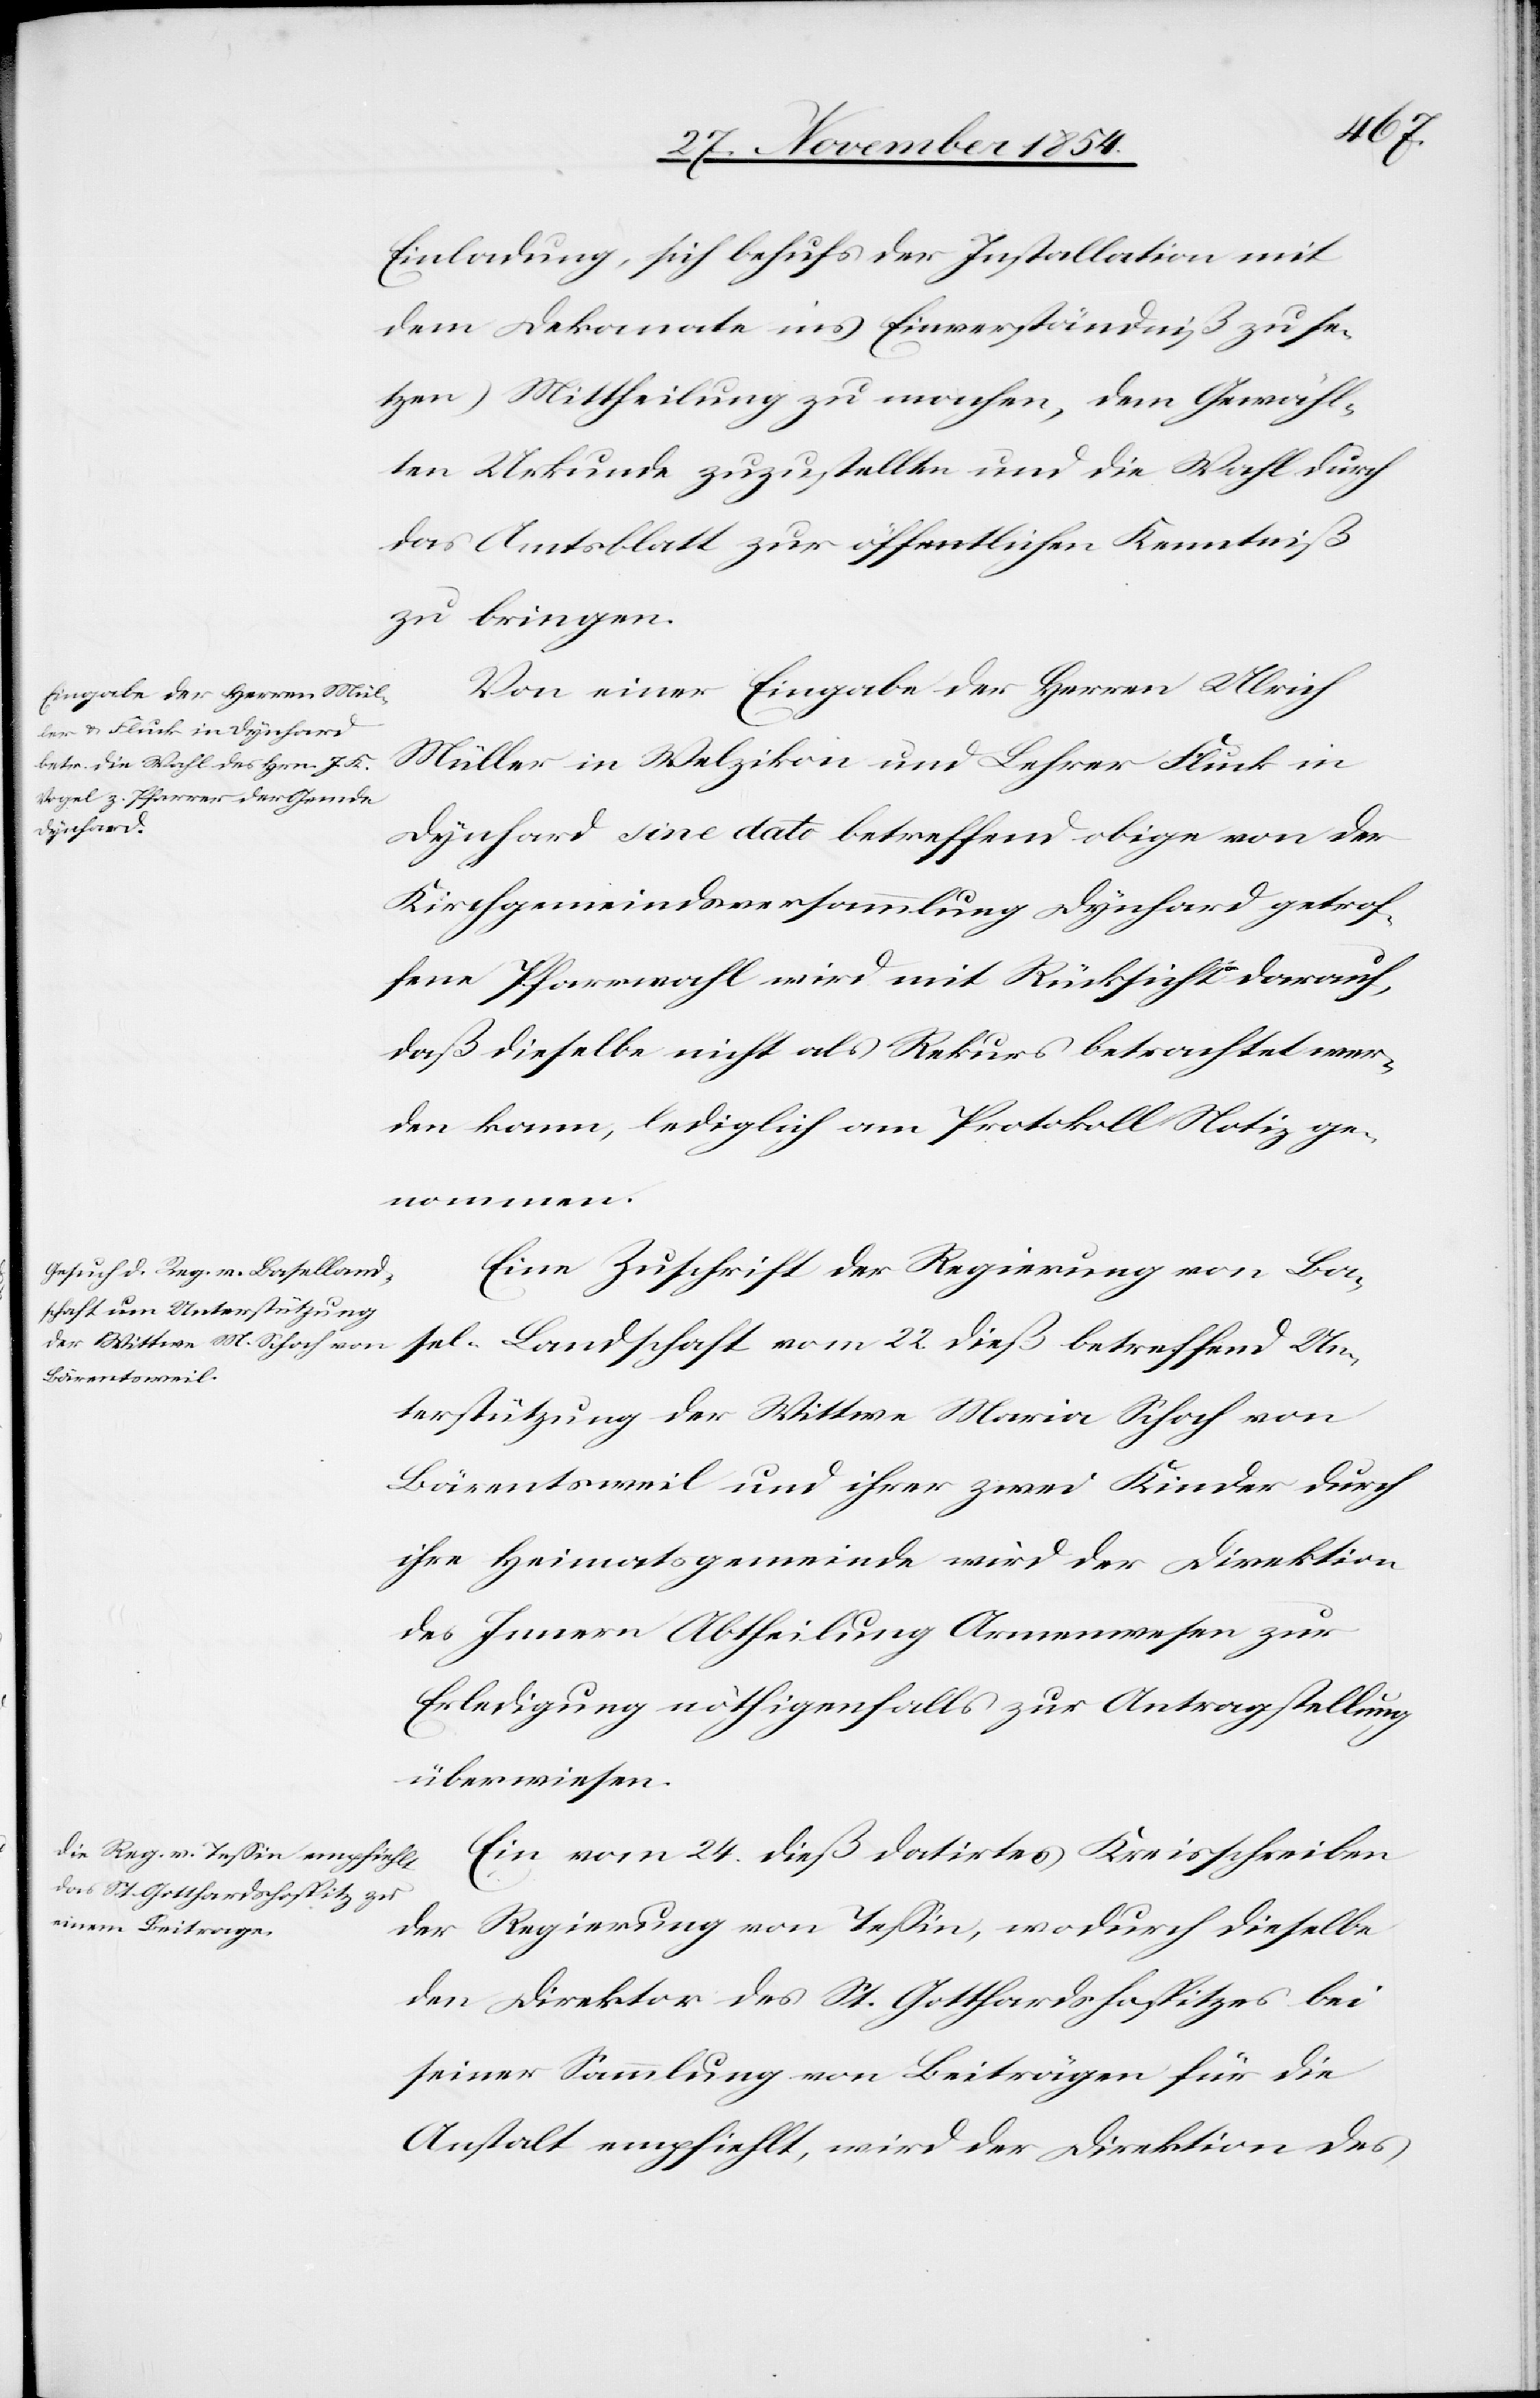
Einladung, sich behufs der Installation mit
dem Dekanate ins Einverständniß zu se¬
tzen) Mittheilung zu machen, dem Gewähl¬
ten Urkunde zuzustellen und die Wahl durch
das Amtsblatt zur öffentlichen Kenntniß
zu bringen.
Von einer Eingabe der Herren Ulrich
Müller in Welzikon und Lehrer Fluck in
Dynhard sine dato betreffend obige von der
Kirchgemeindsversammlung Dynhard getrof¬
fene Pfarrwahl wird mit Rücksicht darauf,
daß dieselbe nicht als Rekurs betrachtet wer¬
den kann, lediglich am Protokoll Notiz ge¬
nommen.
Eine Zuschrift der Regierung von Ba¬
sel-Landschaft vom 22. dieß betreffend Un¬
terstützung der Wittwe Marina Schoch von
Bärentsweil und ihrer zwei Kinder durch
ihre Heimatsgemeinde wird der Direktion
des Innern Abtheilung Armenwesen zur
Erledigung nöthigenfalls zur Antragstellung
überwiesen.
Ein vom 24. dieß datirtes Kreisschreiben
der Regierung von Teßin, wodurch dieselbe
den Direktor des St. Gotthardshospitzes bei
seiner Sammlung von Beiträgen für die
Anstalt empfiehlt, wird der Direktion des